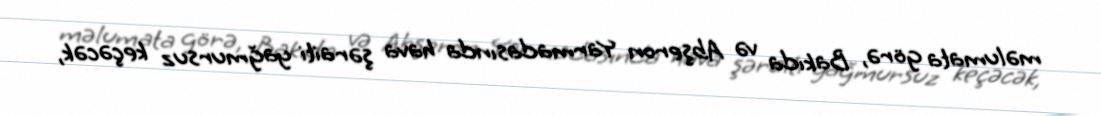
məlumata görə, Bakıda və Abşeron Yarmadasında hava şəraiti yağmursuz keçəcək,